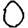
Digit: 0